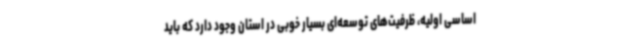
اساسی اولیه، ظرفیت‌های توسعه‌ای بسیار خوبی در استان وجود دارد که باید